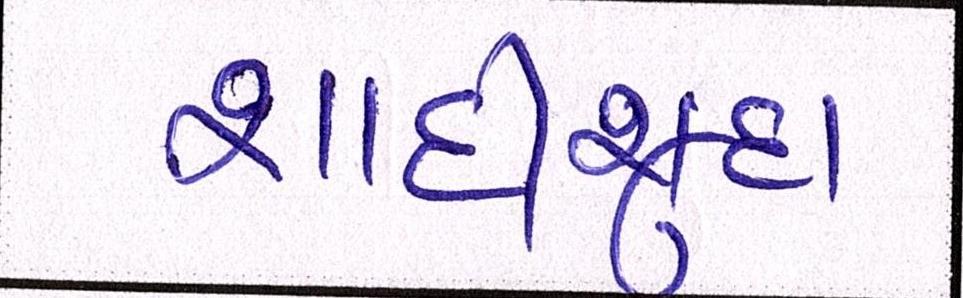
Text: શાદીશુદા